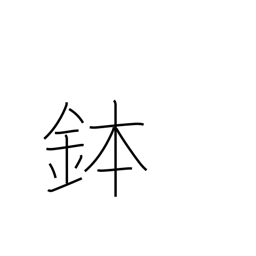
Meaning: rice tub